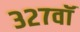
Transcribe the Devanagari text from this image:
३२७वॉ